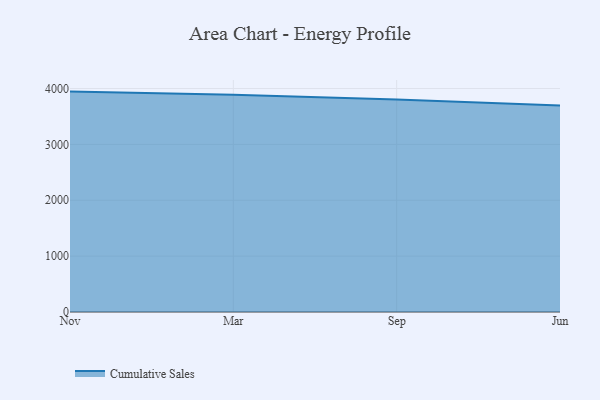
{"axis": {"x": "Month", "y": "Satisfaction Score"}, "legend": ["Cumulative Sales"], "data": [{"x": "Nov", "y": 3945.0, "type": "Cumulative Sales"}, {"x": "Mar", "y": 3890.5, "type": "Cumulative Sales"}, {"x": "Sep", "y": 3805.1, "type": "Cumulative Sales"}, {"x": "Jun", "y": 3698.0, "type": "Cumulative Sales"}]}